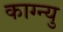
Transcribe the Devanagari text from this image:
काग्न्यु